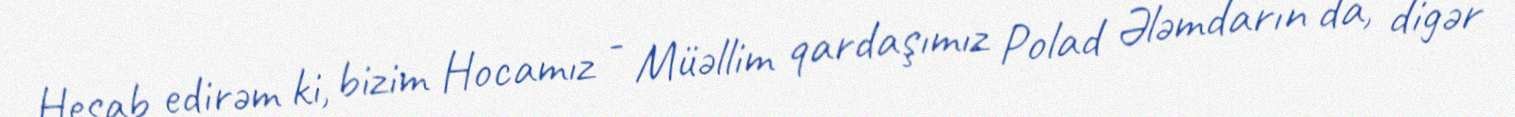
Hesab edirəm ki, bizim Hocamız - Müəllim qardaşımız Polad Ələmdarın da, digər